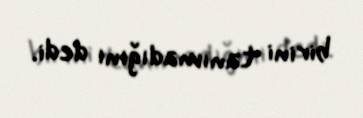
birini tanımadığını dedi.